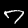
Label: 7